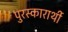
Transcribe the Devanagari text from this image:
पुरस्कारार्थी